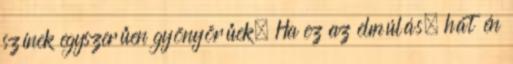
színek egyszerűen gyönyörűek. Ha ez az elmúlás, hát én